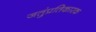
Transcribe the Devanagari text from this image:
जतुंप्रतिकारक